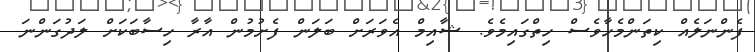
ފެންނަލެއް ކިތަންމެހާވެސް ހިތްގައިމެވެ. ޝާއިމް އެވަރަށް ބަލަން ފެށުމުން އާރާ ހިސާބަކަށް ލަދުގަންނަ